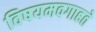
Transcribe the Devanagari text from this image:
विषयमवगाहते